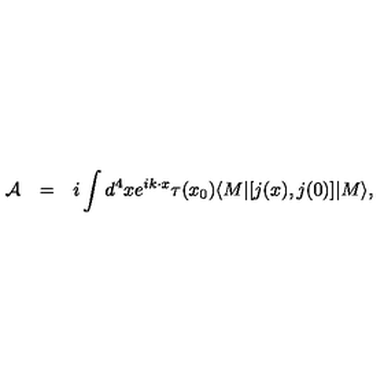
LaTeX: \begin{array} { r c l } { { \cal A } } & { = } & { \displaystyle i \int d ^ { 4 } x e ^ { i k \cdot x } \tau ( x _ { 0 } ) \langle M | [ j ( x ) , j ( 0 ) ] | M \rangle , } \\ \end{array}